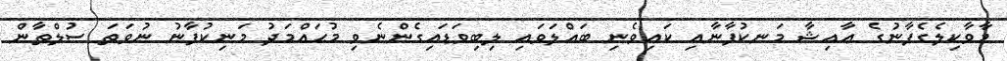
މާވާކިލެގެފާނުގެ ޢާއިޝާ މަނކުފާނާއި ކައިވެނި ބައްލަވައި ލިބިވަޑައިގެންނެވި މުޙައްމަދު މަނިކުފާނު ނުވަތަ ސުލްތާން